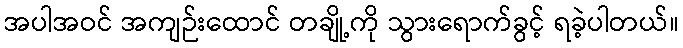
အပါအဝင် အကျဉ်းထောင် တချို့ကို သွားရောက်ခွင့် ရခဲ့ပါတယ်။